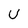
Character: U